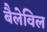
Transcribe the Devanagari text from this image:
बैलेविल